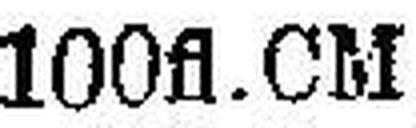
100 fl. CM